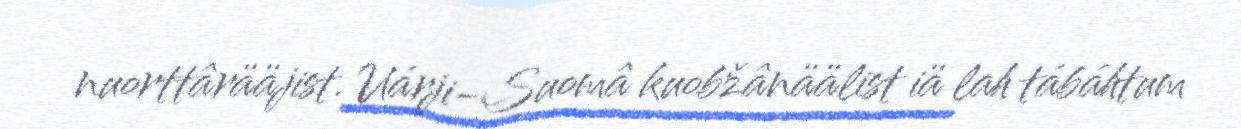
nuorttârääjist. Uárji-Suomâ kuobžânäälist iä lah tábáhtum